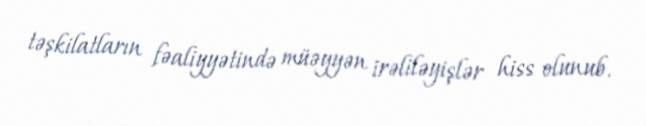
təşkilatların fəaliyyətində müəyyən irəliləyişlər hiss olunub.